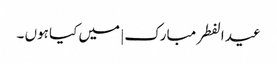
عید الفطر مبارک | میں کیا ہوں ۔